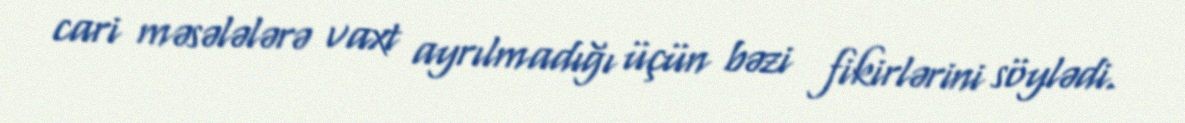
cari məsələlərə vaxt ayrılmadığı üçün bəzi fikirlərini söylədi.